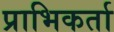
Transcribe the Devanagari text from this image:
प्राभिकर्ता